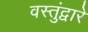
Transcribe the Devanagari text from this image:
वस्तुंद्वारे